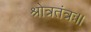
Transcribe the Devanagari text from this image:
श्रोत्रतंत्रः।।